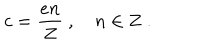
LaTeX: c = \frac { e n } { Z } \ , \quad n \in { \bf Z } \ .